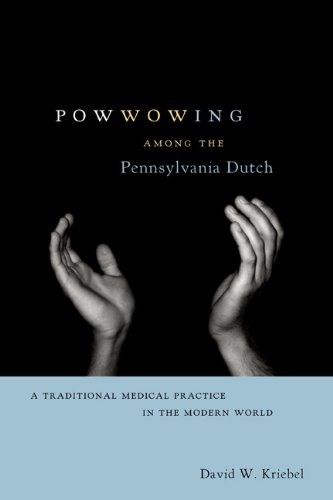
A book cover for Powwowing Among the Pennsylvania Dutch: A Traditional Medical Practice in the Modern World (Pennsylvania German History and Culture); David W. Kriebel; Christian Books & Bibles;